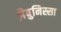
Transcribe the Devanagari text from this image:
ज़ैबुनिस्सा